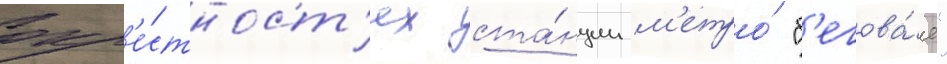
окр'е́стност'ях ста́нции м'етро́ "б'егова́я"